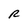
Character: R